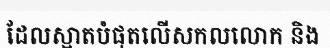
ដែលស្អាតបំផុតលើសកលលោក និង